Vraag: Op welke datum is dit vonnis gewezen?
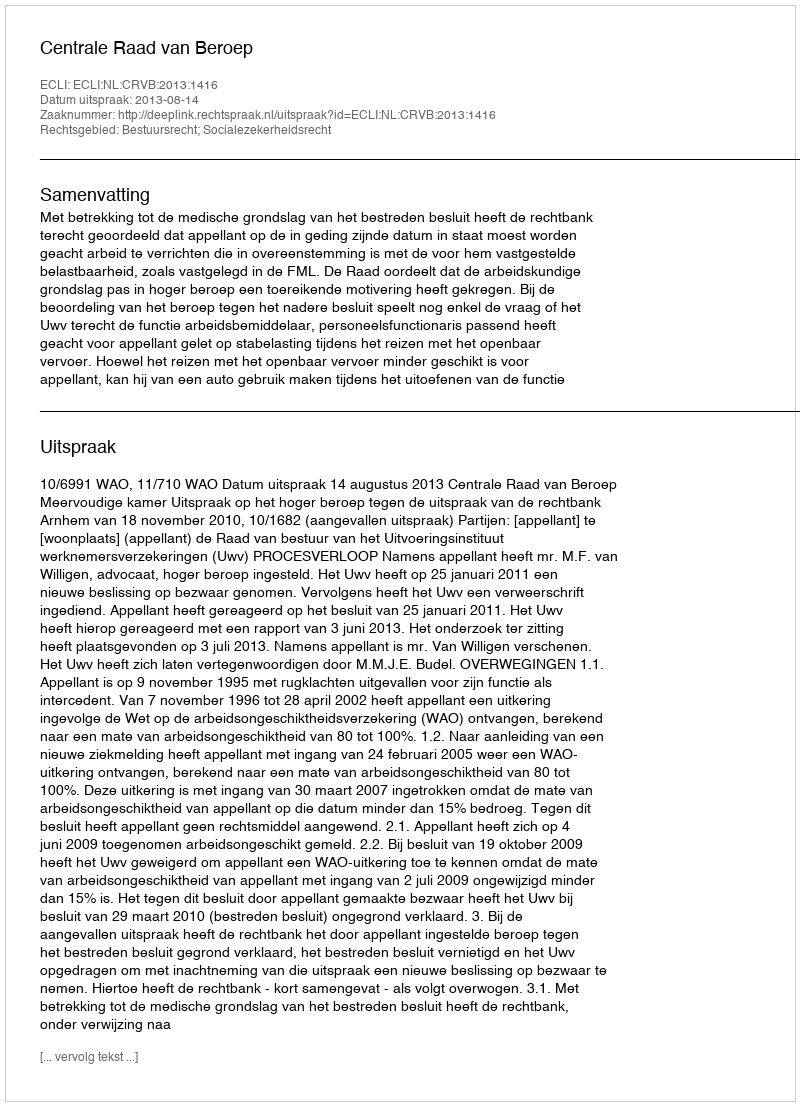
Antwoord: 2013-08-14